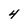
Character: 4